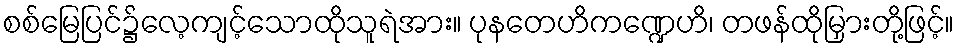
စစ်မြေပြင်၌လေ့ကျင့်သောထိုသူရဲအား။ ပုနတေဟိကဏ္ဍေဟိ၊ တဖန်ထိုမြှားတို့ဖြင့်။